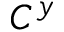
C ^ { y }